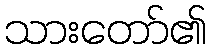
သားတော်၏